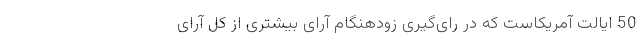
50 ایالت آمریکاست که در رای‌گیری زودهنگام آرای بیشتری از کل آرای